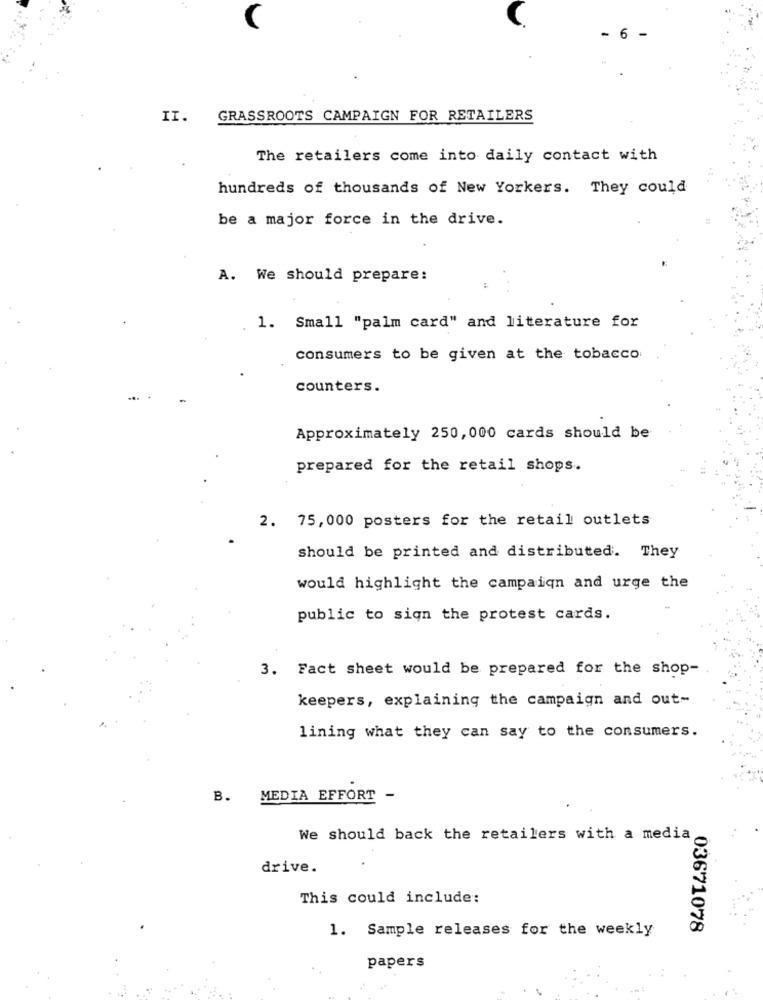
6
II.
GRASSROOTS CAMPAIGN FOR RETAILERS
The retailers come into daily contact with
hundreds of thousands of New Yorkers. They could
be a major force in the drive.
A. We should prepare:
1. Small "palm card" and literature for
consumers to be given at the tobacco
counters.
Approximately 250, 000 cards should be
prepared for the retail shops.
2. 75, 000 posters for the retail outlets
should be printed and distributed. They
would highlight the campaign and urge the
public to sign the protest cards.
3. Fact sheet would be prepared for the shop-
keepers, explaining the campaign and out-
lining what they can say to the consumers.
B. MEDIA EFFORT -
We should back the retailers with a media
drive.
This could include:
03671078
1. Sample releases for the weekly
papers